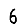
Digit: 6